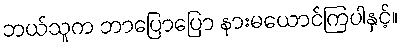
ဘယ်သူက ဘာပြောပြော နားမယောင်ကြပါနှင့်။